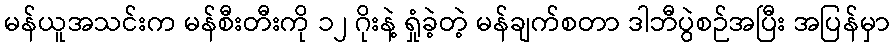
မန်ယူအသင်းက မန်စီးတီးကို ၁၂ ဂိုးနဲ့ ရှုံခဲ့တဲ့ မန်ချက်စတာ ဒါဘီပွဲစဉ်အပြီး အပြန်မှာ